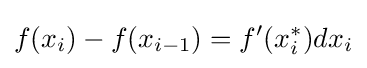
f(x_{i})-f(x_{i-1})=f'(x_{i}^{*})dx_{i}